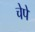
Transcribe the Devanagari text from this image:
चेपे